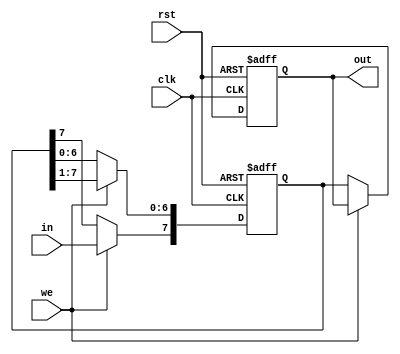
module shift (
       output [7:0] out,
       input clk,
       input rst,
       input we,
       input in);
		 
reg [7:0] g, out_r;

assign out = out_r; 

always@(posedge clk or posedge rst)
begin
	if(rst)
	begin
		g <= 8'd0;
		out_r <= 8'd0;
	end
	else begin
		if(we) begin
          		g <= (g >> 1);
          		g[7] <= in; 
		end
		else begin
			out_r <= g;
		end
	end
end

endmodule